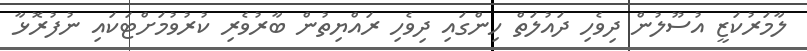
ލާމަރުކަޒީ އުސޫލުން ދިވެހި ދައުލަތް ހިންގައި ދިވެހި ރައްޔިތުން ބާރުވެރި ކުރުވުމަށްޓަކައި ނުފުރޮޅާ